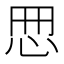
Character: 𢘁